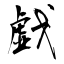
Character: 戯